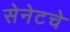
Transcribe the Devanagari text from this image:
सेनेटचे